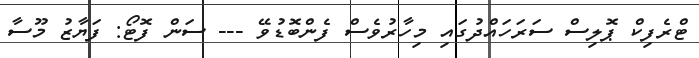
ޓްރެފިކް ޕޮލިސް ސަރަހައްދުގައި މިހާރުވެސް ފެންބޮޑުވޭ --- ސަން ފޮޓޯ: ފަޔާޒު މޫސާ